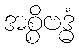
အစ္စိဗဒ္ဓံ